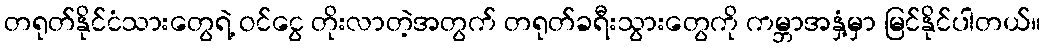
တရုတ်နိုင်ငံသားတွေရဲ့ ဝင်ငွေ တိုးလာတဲ့အတွက် တရုတ်ခရီးသွားတွေကို ကမ္ဘာအနှံ့မှာ မြင်နိုင်ပါတယ်။